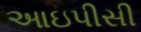
આઇપીસી